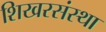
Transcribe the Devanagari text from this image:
शिखरसंस्था